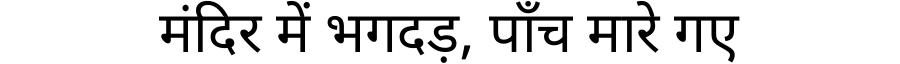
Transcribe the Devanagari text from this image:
मंदिर में भगदड़, पाँच मारे गए